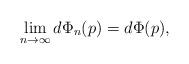
LaTeX: \begin{align*} \lim_{n\to\infty}d\Phi_n(p) = d\Phi(p), \end{align*}